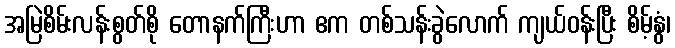
အမြဲစိမ်းလန်းစွတ်စို တောနက်ကြီးဟာ ဧက တစ်သန်းခွဲလောက် ကျယ်ဝန်းပြီး စိမ့်နွံ၊